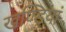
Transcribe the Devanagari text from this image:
खण्डियां